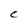
Character: C